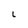
Character: L